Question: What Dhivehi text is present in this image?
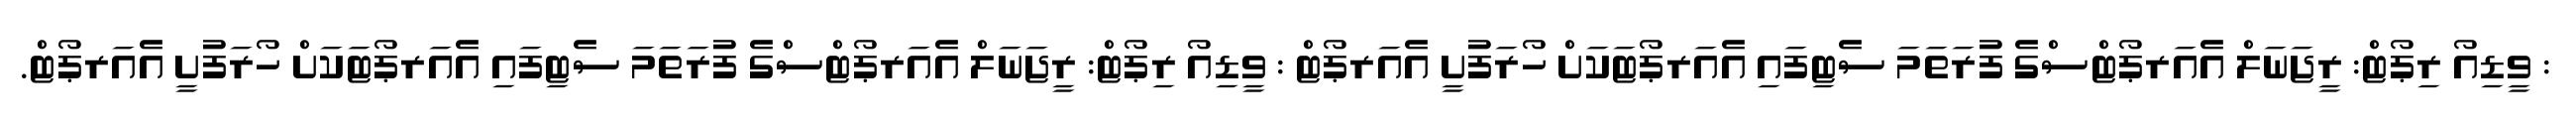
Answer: : ވީޑިއޯ ރިޕޯޓް: ރީޖަނަލް އެއަރޕޯޓްސްގެ ފުރަތަމަ ސެޓިފައި އެއަރޕޯޓަކަށް ހޯރަފުށީ އެއަރޕޯޓް : ވީޑިއޯ ރިޕޯޓް: ރީޖަނަލް އެއަރޕޯޓްސްގެ ފުރަތަމަ ސެޓިފައި އެއަރޕޯޓަކަށް ހޯރަފުށީ އެއަރޕޯޓް.